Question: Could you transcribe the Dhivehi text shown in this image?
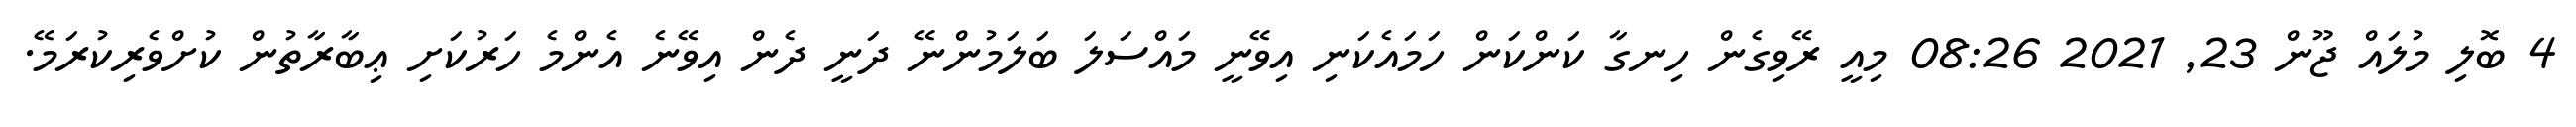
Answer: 4 ބޮލި މުލައް ޖޫން 23, 2021 08:26 މިއީ ރޭވިގެން ހިނގާ ކަންކަން ހަމައެކަނި އިވޭނީ މައްސަލަ ބަލަމުންނޭ ދަނީ ދެން އިވޭނެ އެންމެ ހަރުކަށި ޢިބާރާތުން ކުށްވެރިކުރަމޭ.